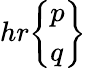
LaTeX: hr{\left\{ \begin{array}{l}{p}\\ {q}\end{array}\right\} }